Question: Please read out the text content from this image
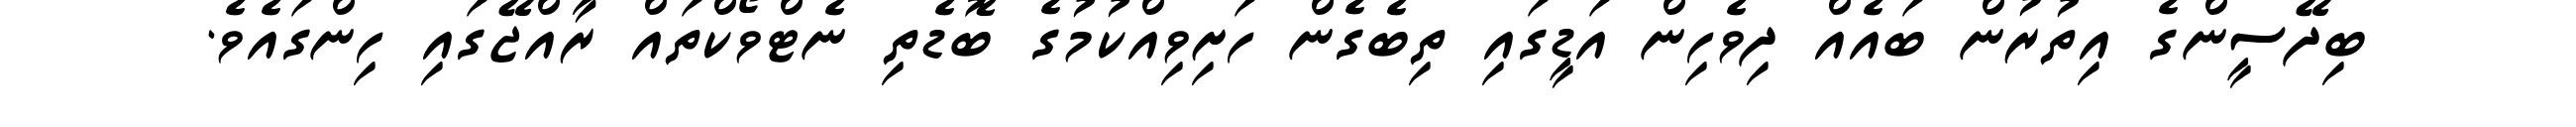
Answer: ބިދޭސީންގެ އިތުރުން ބައެއް ދިވެހިން އަޑީގައި ތިބެގެން ހަށިވިއްކުމުގެ ބޮޑެތި ނެޓްވޯކްތައް ރާއްޖޭގައި ހިންގައެވެ.